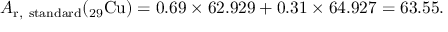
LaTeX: A _ { \mathrm { r , ~ s t a n d a r d } } ( _ { \mathrm { 2 9 } } { \mathrm { C u } } ) = 0 . 6 9 \times 6 2 . 9 2 9 + 0 . 3 1 \times 6 4 . 9 2 7 = 6 3 . 5 5 .